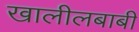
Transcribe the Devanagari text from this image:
खालीलबाबी